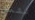
تثمل